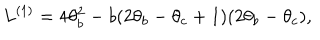
LaTeX: L ^ { ( 1 ) } = 4 \theta _ { b } ^ { 2 } - b ( 2 \theta _ { b } - \theta _ { c } + 1 ) ( 2 \theta _ { b } - \theta _ { c } ) ,